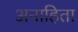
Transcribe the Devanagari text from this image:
अनाहिता